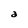
Character: a